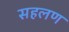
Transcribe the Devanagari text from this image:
सहलण